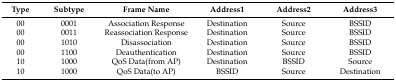
<table><thead><tr><td><b>Type</b></td><td><b>Subtype</b></td><td><b>Frame Name</b></td><td><b>Address1</b></td><td><b>Address2</b></td><td><b>Address3</b></td></tr></thead><tbody><tr><td>00</td><td>0001</td><td>Association Response</td><td>Destination</td><td>Source</td><td>BSSID</td></tr><tr><td>00</td><td>0011</td><td>Reassociation Response</td><td>Destination</td><td>Source</td><td>BSSID</td></tr><tr><td>00</td><td>1010</td><td>Disassociation</td><td>Destination</td><td>Source</td><td>BSSID</td></tr><tr><td>00</td><td>1100</td><td>Deauthentication</td><td>Destination</td><td>Source</td><td>BSSID</td></tr><tr><td>10</td><td>1000</td><td>QoS Data(from AP)</td><td>Destination</td><td>BSSID</td><td>Source</td></tr><tr><td>10</td><td>1000</td><td>QoS Data(to AP)</td><td>BSSID</td><td>Source</td><td>Destination</td></tr></tbody></table>